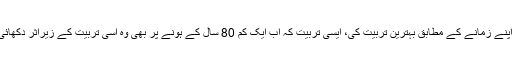
والدین نے اپنے زمانے کے مطابق بہترین تربیت کی، ایسی تربیت کہ اب ایک کم 80 سال کے ہونے پر بھی وہ اُسی تربیت کے زیراثر دکھائی دیتے ہیں۔